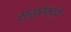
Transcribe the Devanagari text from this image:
साखरेमध्ये